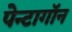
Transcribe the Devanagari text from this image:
पेन्टागॉन